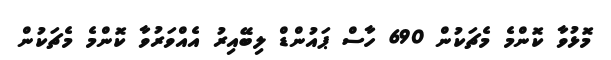
މޮޅުވާ ކޮންމެ މެޗަކުން 690 ހާސް ޕައުންޑް ލިބޭއިރު އެއްވަރުވާ ކޮންމެ މެޗަކުން